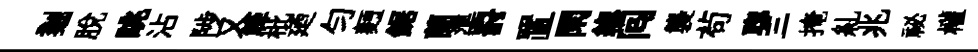
剗脫眺沾陟又簰枇廼匀麪鋸蘭準罸置閑緫囘襲茍聦三掩糺兆祕權